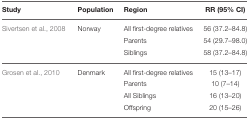
<table><thead><tr><td><b>Study</b></td><td><b>Population</b></td><td><b>Region</b></td><td><b>RR (95% CI)</b></td></tr></thead><tbody><tr><td>Sivertsen et al., 2008</td><td>Norway</td><td>All first-degree relatives</td><td>56 (37.2–84.8)</td></tr><tr><td></td><td></td><td>Parents</td><td>54 (29.7–98.0)</td></tr><tr><td></td><td></td><td>Siblings</td><td>58 (37.2–84.8)</td></tr><tr><td>Grosen et al., 2010</td><td>Denmark</td><td>All first-degree relatives</td><td>15 (13–17)</td></tr><tr><td></td><td></td><td>Parents</td><td>10 (7–14)</td></tr><tr><td></td><td></td><td>All Siblings</td><td>16 (13–20)</td></tr><tr><td></td><td></td><td>Offspring</td><td>20 (15–26)</td></tr></tbody></table>